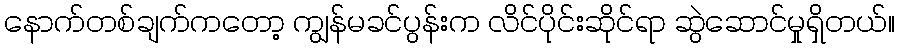
နောက်တစ်ချက်ကတော့ ကျွန်မခင်ပွန်းက လိင်ပိုင်းဆိုင်ရာ ဆွဲဆောင်မှုရှိတယ်။